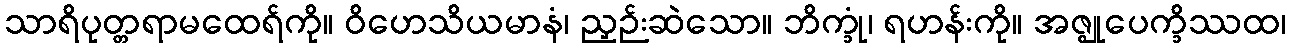
သာရိပုတ္တရာမထေရ်ကို။ ဝိဟေသိယမာနံ၊ ညှဉ်းဆဲသော။ ဘိက္ခုံ၊ ရဟန်းကို။ အဇ္ဈုပေက္ခိဿထ၊